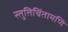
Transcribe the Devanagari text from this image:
स्तुतिचिंतामणि